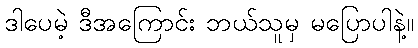
ဒါပေမဲ့ ဒီအကြောင်း ဘယ်သူမှ မပြောပါနဲ့။